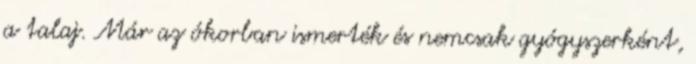
a talaj. Már az ókorban ismerték és nemcsak gyógyszerként,